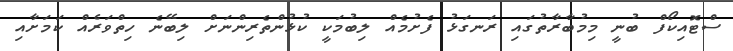
ސްޓޮއިކޯފް ބުނީ މިމުބާރާތުގައި ރަނގަޅު ފެށުމެއް ލިބުމަކީ ކުޅުންތެރިންނަށް ލިބޭނެ ހިތްވަރެއް ކަމަށާއި